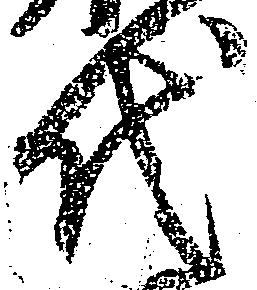
代